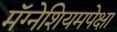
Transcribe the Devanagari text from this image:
मॅग्नेशियमपेक्षा